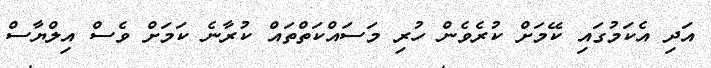
އަދި އެކަމުގައި ކޭމަށް ކުރެވެން ހުރި މަސައްކަތްތައް ކުރާނެ ކަމަށް ވެސް އިލްޔާސް